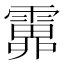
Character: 𩅎